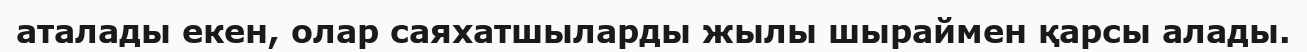
аталады екен, олар саяхатшыларды жылы шыраймен қарсы алады.